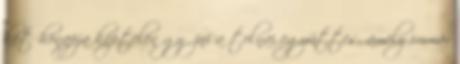
két hónapja képtelen győzni a tolnai együttes, amely immár